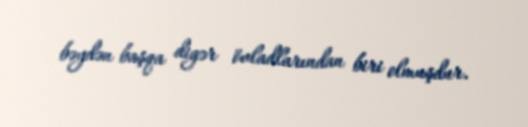
bəydən başqa digər övladlarından biri olmuşdur.